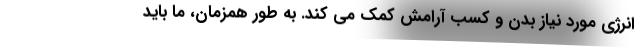
انرژی مورد نیاز بدن و کسب آرامش کمک می کند. به طور همزمان، ما باید